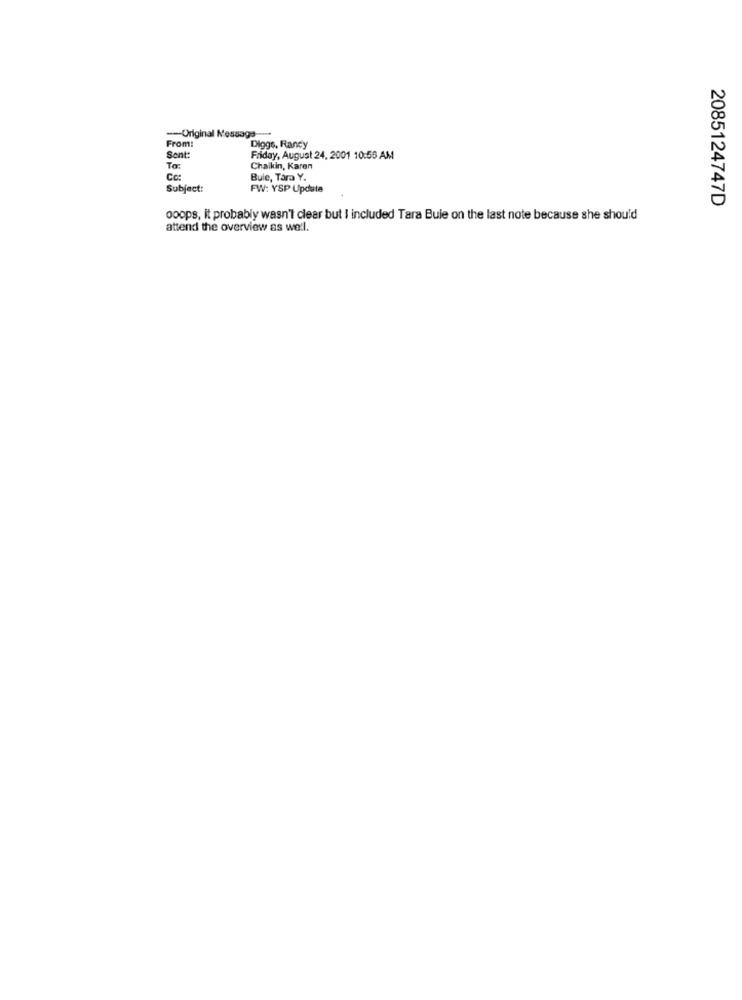
-- Original Message -----
From:
Diggs, Randy
Sent:
Friday, August 24, 2001 10:58 AM
To:
Chaikin, Karen
Co:
Bule, Tara Y.
Subject:
FW: YSP Update
2085124747D
ooops, it probably wasn't clear but I included Tara Buie on the last note because she should
attend the overview as well.